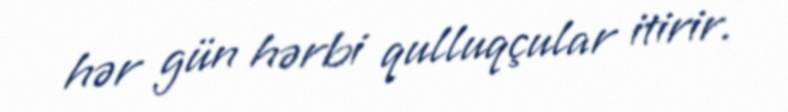
hər gün hərbi qulluqçular itirir.